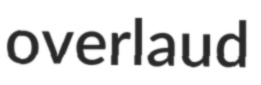
overlaud